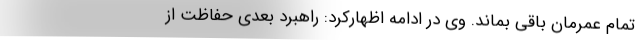
تمام عمرمان باقی بماند. وی در ادامه اظهارکرد: راهبرد بعدی حفاظت از